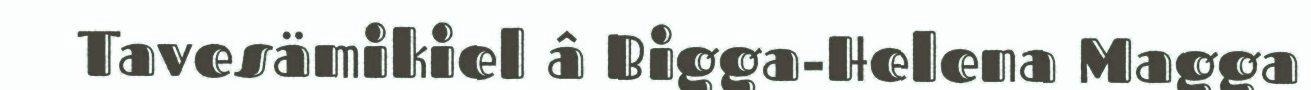
Tavesämikiel â Bigga-Helena Magga